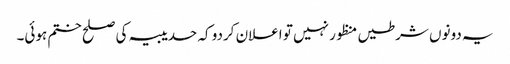
یہ دونوں شرطیں منظور نہیں تو اعلان کردو کہ حدیبیہ کی صلح ختم ہوئی۔